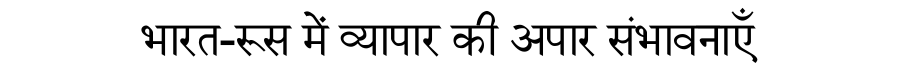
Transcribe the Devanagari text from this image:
भारत-रूस में व्यापार की अपार संभावनाएँ